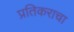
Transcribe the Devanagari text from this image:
प्रतिकराचा